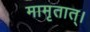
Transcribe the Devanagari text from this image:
मामृतात्‌।